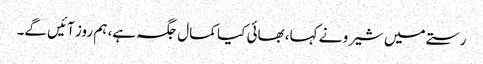
رستے میں شیرو نے کہا، بھائی کیا کمال جگہ ہے، ہم روز آئیں گے۔